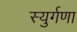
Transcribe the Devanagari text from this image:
स्युर्गणा